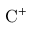
\mathrm { C ^ { + } }